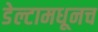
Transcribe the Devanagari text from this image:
डेल्टामधूनच